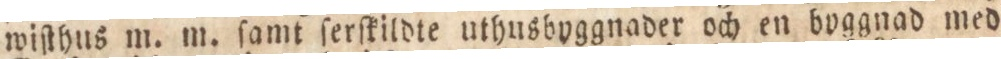
wiſthus m. m. ſamt ſerſkildte uthusbyggnader och en byggnad med